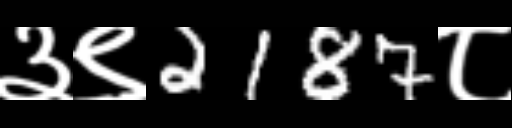
Text: ३९2187८